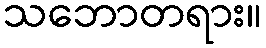
သဘောတရား။